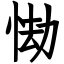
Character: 㤼